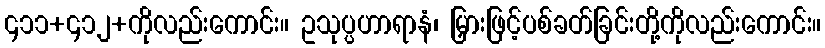
၄၁၁+၄၁၂+ကိုလည်းကောင်း။ ဥသုပ္ပဟာရာနံ၊ မြှားဖြင့်ပစ်ခတ်ခြင်းတို့ကိုလည်းကောင်း။